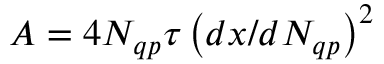
A = 4 N _ { q p } \tau \left( d x / d N _ { q p } \right) ^ { 2 }